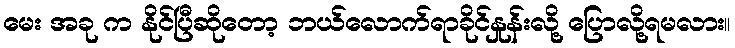
မေး အခု က နိုင်ပြီဆိုတော့ ဘယ်လောက်ရာခိုင်နှုန်းလို့ ပြောလို့ရမလား။